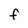
Character: f